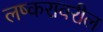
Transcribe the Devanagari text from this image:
लष्करावरील